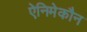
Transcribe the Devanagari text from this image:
ऐनिमेकौन